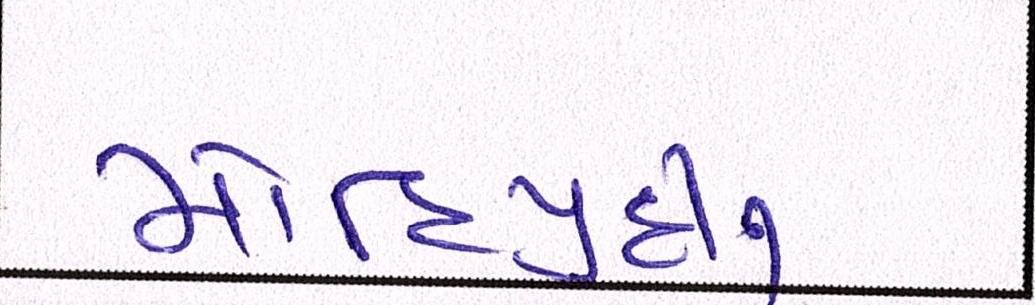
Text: મોહિયુદ્દીન